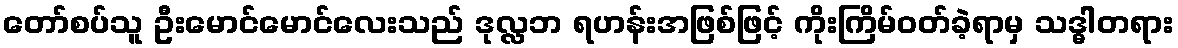
တော်စပ်သူ ဦးမောင်မောင်လေးသည် ဒုလ္လဘ ရဟန်းအဖြစ်ဖြင့် ကိုးကြိမ်ဝတ်ခဲ့ရာမှ သဒ္ဓါတရား